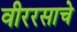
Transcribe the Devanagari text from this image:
वीररसाचे